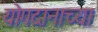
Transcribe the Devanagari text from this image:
योगदानाच्या